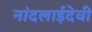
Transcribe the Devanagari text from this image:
नांदलाईदेवी